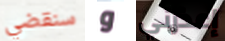
سنقضي و إعذرني